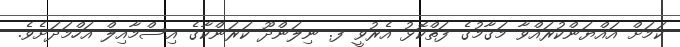
ކަމަށް އައްޔަންކުރައްވާ މަގާމުގެ ފަތްކޮޅު އެރުވީ ފ. ނިލަންދޫ ކަރަންކާގެ އިސްމާއިލް އަހްމަދަށެވެ.